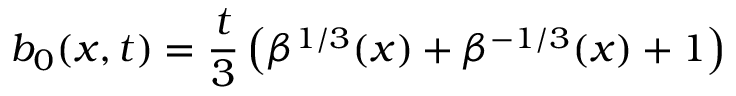
b _ { 0 } ( x , t ) = \frac { t } { 3 } \left( \beta ^ { 1 / 3 } ( x ) + \beta ^ { - 1 / 3 } ( x ) + 1 \right)